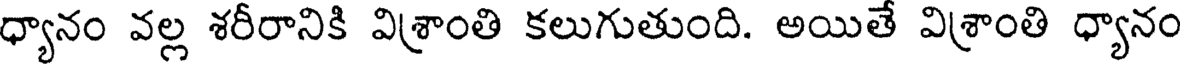
ధ్యానం వల్ల శరీరానికి విశ్రాంతి కలుగుతుంది. అయితే విశ్రాంతి ధ్యానం